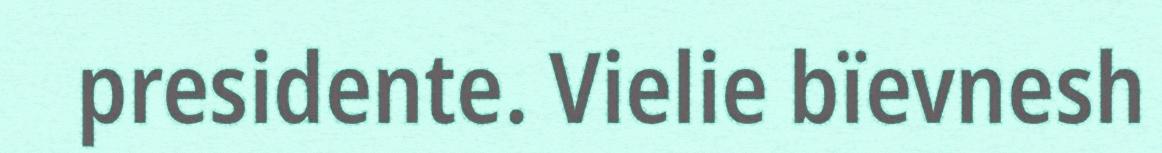
presidente. Vielie bïevnesh